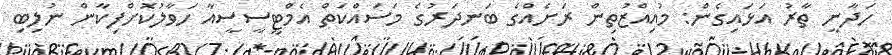
ހަދާނީ ތާރު އަޅައިގެން: މުއިއްޒުތިން ރަށެއްގެ ބަނދަރުގެ މަސައްކަތް އެމްޓީސީސީއާ ހަވާލުކޮށްފިކާން ނުލިބި